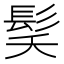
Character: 𮪽